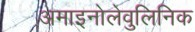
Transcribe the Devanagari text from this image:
अमाइनोलेवुलिनिक